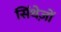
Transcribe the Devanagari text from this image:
सिंथेज़ों